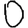
Digit: 0